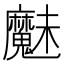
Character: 𮫩